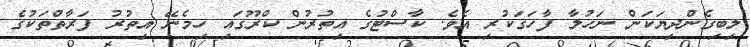
ލިބިގެންދިޔަކަން ނަހުލާ ފާހަގަކުރި އެވެ. ކާސްޓުގެ އިތުރުން ކްރޫގައި ހިމެނޭ އިތުރު ފަރާތްތަކުގެ